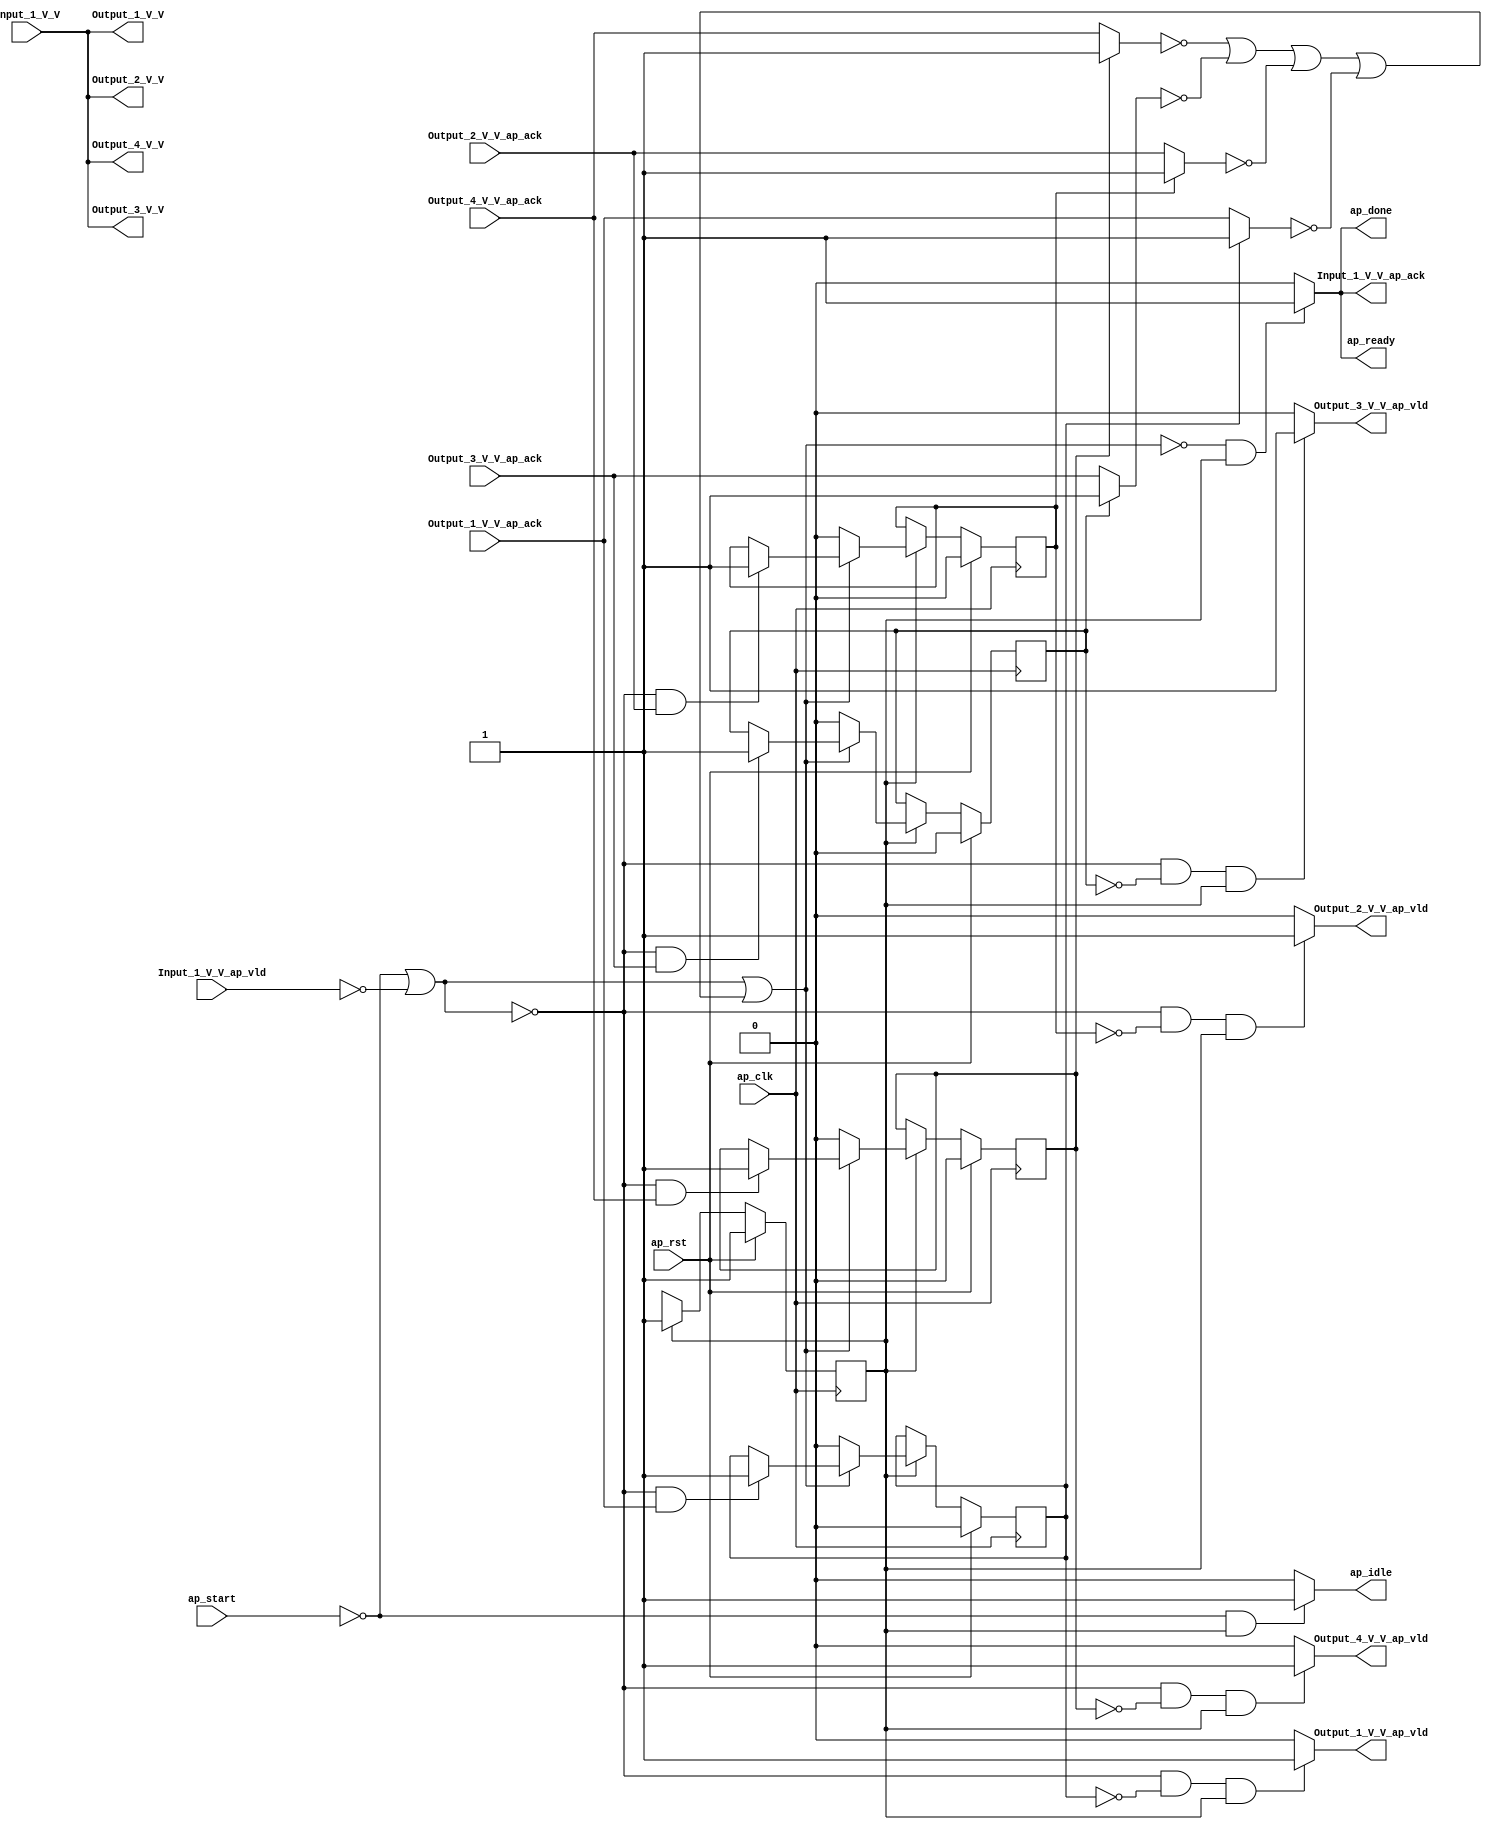
// ==============================================================
// RTL generated by Vivado(TM) HLS - High-Level Synthesis from C, C++ and SystemC
// Version: 2018.2
// Copyright (C) 1986-2018 Xilinx, Inc. All Rights Reserved.
// 
// ===========================================================

`timescale 1 ns / 1 ps 

(* CORE_GENERATION_INFO="data_1_4_3,hls_ip_2018_2,{HLS_INPUT_TYPE=cxx,HLS_INPUT_FLOAT=0,HLS_INPUT_FIXED=1,HLS_INPUT_PART=xczu9eg-ffvb1156-2-i,HLS_INPUT_CLOCK=5.000000,HLS_INPUT_ARCH=others,HLS_SYN_CLOCK=0.000000,HLS_SYN_LAT=0,HLS_SYN_TPT=none,HLS_SYN_MEM=0,HLS_SYN_DSP=0,HLS_SYN_FF=5,HLS_SYN_LUT=93,HLS_VERSION=2018_2}" *)

module data_1_4_3 (
        ap_clk,
        ap_rst,
        ap_start,
        ap_done,
        ap_idle,
        ap_ready,
        Input_1_V_V,
        Input_1_V_V_ap_vld,
        Input_1_V_V_ap_ack,
        Output_1_V_V,
        Output_1_V_V_ap_vld,
        Output_1_V_V_ap_ack,
        Output_2_V_V,
        Output_2_V_V_ap_vld,
        Output_2_V_V_ap_ack,
        Output_3_V_V,
        Output_3_V_V_ap_vld,
        Output_3_V_V_ap_ack,
        Output_4_V_V,
        Output_4_V_V_ap_vld,
        Output_4_V_V_ap_ack
);

parameter    ap_ST_fsm_state1 = 1'd1;

input   ap_clk;
input   ap_rst;
input   ap_start;
output   ap_done;
output   ap_idle;
output   ap_ready;
input  [31:0] Input_1_V_V;
input   Input_1_V_V_ap_vld;
output   Input_1_V_V_ap_ack;
output  [31:0] Output_1_V_V;
output   Output_1_V_V_ap_vld;
input   Output_1_V_V_ap_ack;
output  [31:0] Output_2_V_V;
output   Output_2_V_V_ap_vld;
input   Output_2_V_V_ap_ack;
output  [31:0] Output_3_V_V;
output   Output_3_V_V_ap_vld;
input   Output_3_V_V_ap_ack;
output  [31:0] Output_4_V_V;
output   Output_4_V_V_ap_vld;
input   Output_4_V_V_ap_ack;

reg ap_done;
reg ap_idle;
reg ap_ready;
reg Input_1_V_V_ap_ack;
reg Output_1_V_V_ap_vld;
reg Output_2_V_V_ap_vld;
reg Output_3_V_V_ap_vld;
reg Output_4_V_V_ap_vld;

(* fsm_encoding = "none" *) reg   [0:0] ap_CS_fsm;
wire    ap_CS_fsm_state1;
reg    Input_1_V_V_blk_n;
reg    Output_1_V_V_blk_n;
reg    Output_2_V_V_blk_n;
reg    Output_3_V_V_blk_n;
reg    Output_4_V_V_blk_n;
reg    ap_block_state1;
reg    ap_sig_ioackin_Output_1_V_V_ap_ack;
reg    ap_sig_ioackin_Output_2_V_V_ap_ack;
reg    ap_sig_ioackin_Output_3_V_V_ap_ack;
reg    ap_sig_ioackin_Output_4_V_V_ap_ack;
reg    ap_block_state1_io;
reg    ap_reg_ioackin_Output_1_V_V_ap_ack;
reg    ap_reg_ioackin_Output_2_V_V_ap_ack;
reg    ap_reg_ioackin_Output_3_V_V_ap_ack;
reg    ap_reg_ioackin_Output_4_V_V_ap_ack;
reg   [0:0] ap_NS_fsm;
reg    ap_condition_95;
reg    ap_condition_59;
reg    ap_condition_100;
reg    ap_condition_103;
reg    ap_condition_106;

// power-on initialization
initial begin
#0 ap_CS_fsm = 1'd1;
#0 ap_reg_ioackin_Output_1_V_V_ap_ack = 1'b0;
#0 ap_reg_ioackin_Output_2_V_V_ap_ack = 1'b0;
#0 ap_reg_ioackin_Output_3_V_V_ap_ack = 1'b0;
#0 ap_reg_ioackin_Output_4_V_V_ap_ack = 1'b0;
end

always @ (posedge ap_clk) begin
    if (ap_rst == 1'b1) begin
        ap_CS_fsm <= ap_ST_fsm_state1;
    end else begin
        ap_CS_fsm <= ap_NS_fsm;
    end
end

always @ (posedge ap_clk) begin
    if (ap_rst == 1'b1) begin
        ap_reg_ioackin_Output_1_V_V_ap_ack <= 1'b0;
    end else begin
        if ((1'b1 == ap_CS_fsm_state1)) begin
            if ((1'b1 == ap_condition_59)) begin
                ap_reg_ioackin_Output_1_V_V_ap_ack <= 1'b0;
            end else if ((1'b1 == ap_condition_95)) begin
                ap_reg_ioackin_Output_1_V_V_ap_ack <= 1'b1;
            end
        end
    end
end

always @ (posedge ap_clk) begin
    if (ap_rst == 1'b1) begin
        ap_reg_ioackin_Output_2_V_V_ap_ack <= 1'b0;
    end else begin
        if ((1'b1 == ap_CS_fsm_state1)) begin
            if ((1'b1 == ap_condition_59)) begin
                ap_reg_ioackin_Output_2_V_V_ap_ack <= 1'b0;
            end else if ((1'b1 == ap_condition_100)) begin
                ap_reg_ioackin_Output_2_V_V_ap_ack <= 1'b1;
            end
        end
    end
end

always @ (posedge ap_clk) begin
    if (ap_rst == 1'b1) begin
        ap_reg_ioackin_Output_3_V_V_ap_ack <= 1'b0;
    end else begin
        if ((1'b1 == ap_CS_fsm_state1)) begin
            if ((1'b1 == ap_condition_59)) begin
                ap_reg_ioackin_Output_3_V_V_ap_ack <= 1'b0;
            end else if ((1'b1 == ap_condition_103)) begin
                ap_reg_ioackin_Output_3_V_V_ap_ack <= 1'b1;
            end
        end
    end
end

always @ (posedge ap_clk) begin
    if (ap_rst == 1'b1) begin
        ap_reg_ioackin_Output_4_V_V_ap_ack <= 1'b0;
    end else begin
        if ((1'b1 == ap_CS_fsm_state1)) begin
            if ((1'b1 == ap_condition_59)) begin
                ap_reg_ioackin_Output_4_V_V_ap_ack <= 1'b0;
            end else if ((1'b1 == ap_condition_106)) begin
                ap_reg_ioackin_Output_4_V_V_ap_ack <= 1'b1;
            end
        end
    end
end

always @ (*) begin
    if ((~((ap_start == 1'b0) | (1'b0 == Input_1_V_V_ap_vld) | (1'b1 == ap_block_state1_io)) & (1'b1 == ap_CS_fsm_state1))) begin
        Input_1_V_V_ap_ack = 1'b1;
    end else begin
        Input_1_V_V_ap_ack = 1'b0;
    end
end

always @ (*) begin
    if ((1'b1 == ap_CS_fsm_state1)) begin
        Input_1_V_V_blk_n = Input_1_V_V_ap_vld;
    end else begin
        Input_1_V_V_blk_n = 1'b1;
    end
end

always @ (*) begin
    if ((~((ap_start == 1'b0) | (1'b0 == Input_1_V_V_ap_vld)) & (ap_reg_ioackin_Output_1_V_V_ap_ack == 1'b0) & (1'b1 == ap_CS_fsm_state1))) begin
        Output_1_V_V_ap_vld = 1'b1;
    end else begin
        Output_1_V_V_ap_vld = 1'b0;
    end
end

always @ (*) begin
    if ((1'b1 == ap_CS_fsm_state1)) begin
        Output_1_V_V_blk_n = Output_1_V_V_ap_ack;
    end else begin
        Output_1_V_V_blk_n = 1'b1;
    end
end

always @ (*) begin
    if ((~((ap_start == 1'b0) | (1'b0 == Input_1_V_V_ap_vld)) & (ap_reg_ioackin_Output_2_V_V_ap_ack == 1'b0) & (1'b1 == ap_CS_fsm_state1))) begin
        Output_2_V_V_ap_vld = 1'b1;
    end else begin
        Output_2_V_V_ap_vld = 1'b0;
    end
end

always @ (*) begin
    if ((1'b1 == ap_CS_fsm_state1)) begin
        Output_2_V_V_blk_n = Output_2_V_V_ap_ack;
    end else begin
        Output_2_V_V_blk_n = 1'b1;
    end
end

always @ (*) begin
    if ((~((ap_start == 1'b0) | (1'b0 == Input_1_V_V_ap_vld)) & (ap_reg_ioackin_Output_3_V_V_ap_ack == 1'b0) & (1'b1 == ap_CS_fsm_state1))) begin
        Output_3_V_V_ap_vld = 1'b1;
    end else begin
        Output_3_V_V_ap_vld = 1'b0;
    end
end

always @ (*) begin
    if ((1'b1 == ap_CS_fsm_state1)) begin
        Output_3_V_V_blk_n = Output_3_V_V_ap_ack;
    end else begin
        Output_3_V_V_blk_n = 1'b1;
    end
end

always @ (*) begin
    if ((~((ap_start == 1'b0) | (1'b0 == Input_1_V_V_ap_vld)) & (ap_reg_ioackin_Output_4_V_V_ap_ack == 1'b0) & (1'b1 == ap_CS_fsm_state1))) begin
        Output_4_V_V_ap_vld = 1'b1;
    end else begin
        Output_4_V_V_ap_vld = 1'b0;
    end
end

always @ (*) begin
    if ((1'b1 == ap_CS_fsm_state1)) begin
        Output_4_V_V_blk_n = Output_4_V_V_ap_ack;
    end else begin
        Output_4_V_V_blk_n = 1'b1;
    end
end

always @ (*) begin
    if ((~((ap_start == 1'b0) | (1'b0 == Input_1_V_V_ap_vld) | (1'b1 == ap_block_state1_io)) & (1'b1 == ap_CS_fsm_state1))) begin
        ap_done = 1'b1;
    end else begin
        ap_done = 1'b0;
    end
end

always @ (*) begin
    if (((ap_start == 1'b0) & (1'b1 == ap_CS_fsm_state1))) begin
        ap_idle = 1'b1;
    end else begin
        ap_idle = 1'b0;
    end
end

always @ (*) begin
    if ((~((ap_start == 1'b0) | (1'b0 == Input_1_V_V_ap_vld) | (1'b1 == ap_block_state1_io)) & (1'b1 == ap_CS_fsm_state1))) begin
        ap_ready = 1'b1;
    end else begin
        ap_ready = 1'b0;
    end
end

always @ (*) begin
    if ((ap_reg_ioackin_Output_1_V_V_ap_ack == 1'b0)) begin
        ap_sig_ioackin_Output_1_V_V_ap_ack = Output_1_V_V_ap_ack;
    end else begin
        ap_sig_ioackin_Output_1_V_V_ap_ack = 1'b1;
    end
end

always @ (*) begin
    if ((ap_reg_ioackin_Output_2_V_V_ap_ack == 1'b0)) begin
        ap_sig_ioackin_Output_2_V_V_ap_ack = Output_2_V_V_ap_ack;
    end else begin
        ap_sig_ioackin_Output_2_V_V_ap_ack = 1'b1;
    end
end

always @ (*) begin
    if ((ap_reg_ioackin_Output_3_V_V_ap_ack == 1'b0)) begin
        ap_sig_ioackin_Output_3_V_V_ap_ack = Output_3_V_V_ap_ack;
    end else begin
        ap_sig_ioackin_Output_3_V_V_ap_ack = 1'b1;
    end
end

always @ (*) begin
    if ((ap_reg_ioackin_Output_4_V_V_ap_ack == 1'b0)) begin
        ap_sig_ioackin_Output_4_V_V_ap_ack = Output_4_V_V_ap_ack;
    end else begin
        ap_sig_ioackin_Output_4_V_V_ap_ack = 1'b1;
    end
end

always @ (*) begin
    case (ap_CS_fsm)
        ap_ST_fsm_state1 : begin
            ap_NS_fsm = ap_ST_fsm_state1;
        end
        default : begin
            ap_NS_fsm = 'bx;
        end
    endcase
end

assign Output_1_V_V = Input_1_V_V;

assign Output_2_V_V = Input_1_V_V;

assign Output_3_V_V = Input_1_V_V;

assign Output_4_V_V = Input_1_V_V;

assign ap_CS_fsm_state1 = ap_CS_fsm[32'd0];

always @ (*) begin
    ap_block_state1 = ((ap_start == 1'b0) | (1'b0 == Input_1_V_V_ap_vld));
end

always @ (*) begin
    ap_block_state1_io = ((ap_sig_ioackin_Output_4_V_V_ap_ack == 1'b0) | (ap_sig_ioackin_Output_3_V_V_ap_ack == 1'b0) | (ap_sig_ioackin_Output_2_V_V_ap_ack == 1'b0) | (ap_sig_ioackin_Output_1_V_V_ap_ack == 1'b0));
end

always @ (*) begin
    ap_condition_100 = (~((ap_start == 1'b0) | (1'b0 == Input_1_V_V_ap_vld)) & (1'b1 == Output_2_V_V_ap_ack));
end

always @ (*) begin
    ap_condition_103 = (~((ap_start == 1'b0) | (1'b0 == Input_1_V_V_ap_vld)) & (1'b1 == Output_3_V_V_ap_ack));
end

always @ (*) begin
    ap_condition_106 = (~((ap_start == 1'b0) | (1'b0 == Input_1_V_V_ap_vld)) & (1'b1 == Output_4_V_V_ap_ack));
end

always @ (*) begin
    ap_condition_59 = ~((ap_start == 1'b0) | (1'b0 == Input_1_V_V_ap_vld) | (1'b1 == ap_block_state1_io));
end

always @ (*) begin
    ap_condition_95 = (~((ap_start == 1'b0) | (1'b0 == Input_1_V_V_ap_vld)) & (1'b1 == Output_1_V_V_ap_ack));
end

endmodule //data_1_4_3